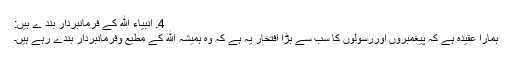
4. انبیاء الله کے فرمانبردار بند ے ہیں:
ہمارا عقیدہ ہے کہ پیغمبروں اوررسولوں کا سب سے بڑا افتخار یہ ہے کہ وہ ہمیشہ الله کے مطیع وفرمانبردار بندے رہے ہیں۔